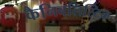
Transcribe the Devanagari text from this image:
कैनिबलिस्टिक